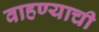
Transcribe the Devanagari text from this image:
वाहण्‍याची